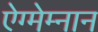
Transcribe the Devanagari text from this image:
ऐग्मेम्नान